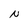
Character: N